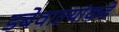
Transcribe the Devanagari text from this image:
डबेवाल्यांकडे